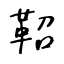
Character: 鞀